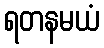
ရတနမယံ